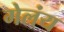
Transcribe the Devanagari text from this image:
गेलंय